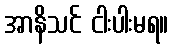
အာနိသင် ငါးပါးမရ။